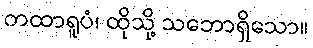
တထာရူပံ၊ ထိုသို့ သဘောရှိသော။